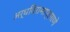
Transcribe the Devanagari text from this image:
अर्धविरामाप्रमाणे